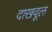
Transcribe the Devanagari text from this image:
दाखवूल